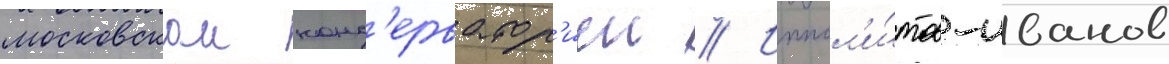
московскои конс'ерватор'иеи // Иппол'и́тов-иванов